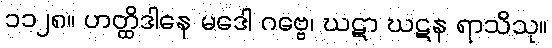
၁၁၂၈။ ဟတ္ထိဒါနေ မဒေါ ဂဗ္ဗေ၊ ဃဋာ ဃဋန ရာသိသု။